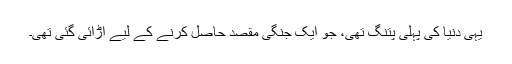
یہی دنیا کی پہلی پتنگ تھی، جو ایک جنگی مقصد حاصل کرنے کے لیے اڑائی گئی تھی۔